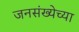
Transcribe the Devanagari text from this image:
जनसंख्येच्या